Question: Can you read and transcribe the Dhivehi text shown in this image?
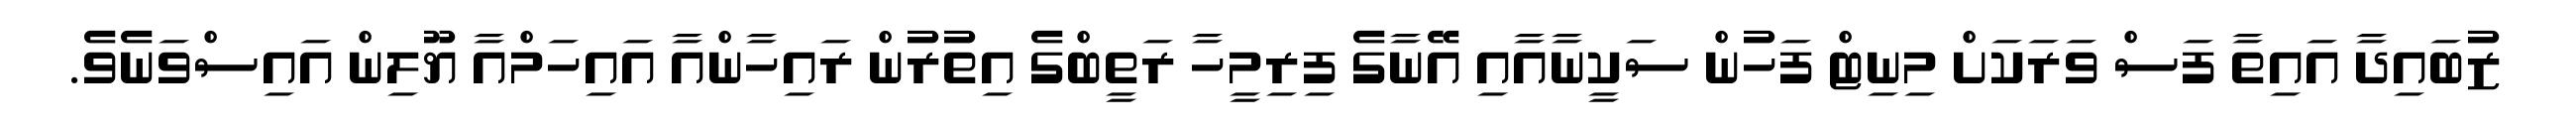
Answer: ޒުބައިދާ އައިތާ ފަސް ވަރަކަށް މިނިޓް ފަހުން ސަކީނާއާއި އޭނާގެ ފިރިމީހާ ރަތީބްގެ އިތުރުން ރައިހާންއާ އައިހަމްއާ ޔޫލިން އައިސްވަނެވެ.